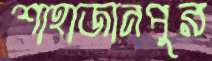
শাহাজানপুর